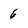
Character: 6